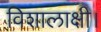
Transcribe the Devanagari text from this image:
विशालाक्षी।